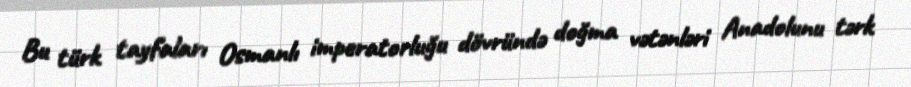
Bu türk tayfaları Osmanlı imperatorluğu dövründə doğma vətənləri Anadolunu tərk